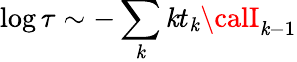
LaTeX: \log\tau\sim-\sum_{\mathit{k}}\mathit{k}t_{\mathit{k}}{\calI}_{\mathit{k}-1}